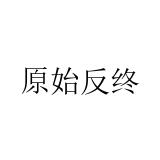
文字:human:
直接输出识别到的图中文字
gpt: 原始反终